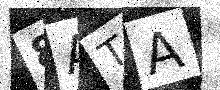
Text: 8ATA